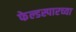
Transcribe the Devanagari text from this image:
फेल्डस्पारच्या